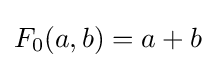
F_{0}(a,b)=a+b